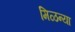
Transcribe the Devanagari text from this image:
मिळन्या